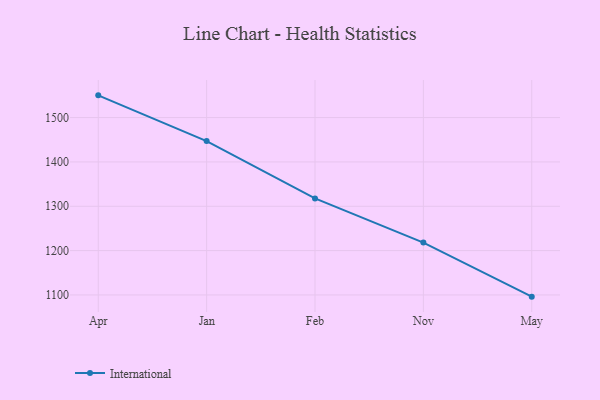
{"axis": {"x": "Month", "y": "Population (Million)"}, "legend": ["International"], "data": [{"x": "Apr", "y": 1550.1, "type": "International"}, {"x": "Jan", "y": 1446.9, "type": "International"}, {"x": "Feb", "y": 1317.6, "type": "International"}, {"x": "Nov", "y": 1218.1, "type": "International"}, {"x": "May", "y": 1096.2, "type": "International"}]}